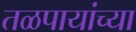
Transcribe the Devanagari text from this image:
तळपायांच्या